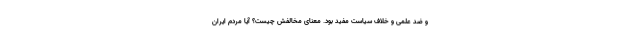
و ضد علمی و خلاف سیاست مفید بود. معنای مخالفش چیست؟ آیا مردم ایران